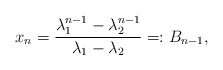
\begin{align*}x_n= \frac{\lambda_1^{n-1}-\lambda_2^{n-1}}{\lambda_1-\lambda_2}=\!\colon B_{n-1},\end{align*}